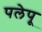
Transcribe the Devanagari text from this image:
पलेपू